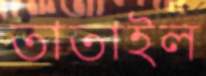
তাতাইল